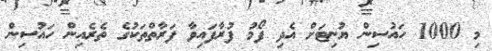
މި 1000 ހައުސިން ޔުނިޓަށް އެދި ފޯމު ފުރާފައިވާ ފަރާތްތަކުގެ ތެރެއިން ހައުސިން